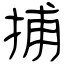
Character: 捕